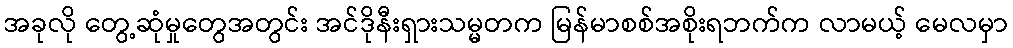
အခုလို တွေ့ဆုံမှုတွေအတွင်း အင်ဒိုနီးရှားသမ္မတက မြန်မာစစ်အစိုးရဘက်က လာမယ့် မေလမှာ